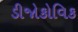
ડીજોકોવિક